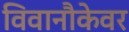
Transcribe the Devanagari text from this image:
विवानौकेवर